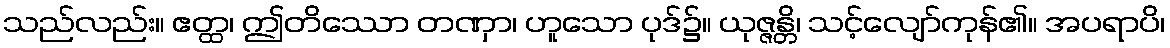
သည်လည်း။ ဧတ္ထ၊ ဤတိဿော တဏှာ၊ ဟူသော ပုဒ်၌။ ယုဇ္ဇန္တိ၊ သင့်လျော်ကုန်၏။ အပရာပိ၊